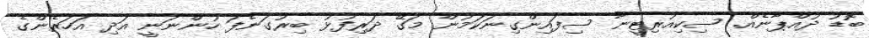
ބޮޑު ދުއްޕާނެއް. ސިކިއުރިޓީނާ ސިފައިންގިނަކަމުން މަގޭ ދަރިފުޅު ބިރުގަނެފަ ހުންނަނީ އަދި އަހަރެންގެ